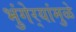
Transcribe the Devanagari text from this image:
भुंगेर्‍यांमुळे